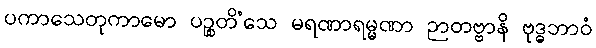
ပကာသေတုကာမော ပဉ္စတိံသေ မရဏာရမ္မဏာ ဉာတဗ္ဗာနိ ဗုဒ္ဓဘာဝံ